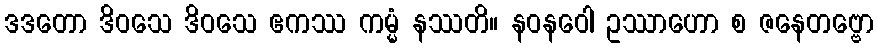
ဒဒတော ဒိဝသေ ဒိဝသေ ဧကဿ ကမ္မံ နဿတိ။ နဝနဝေါ ဥဿာဟော စ ဇနေတဗ္ဗော